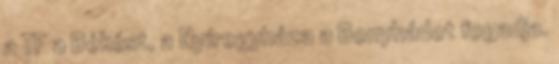
a TF a Békést, a Nyíregyháza a Bonyhádot fogadja.